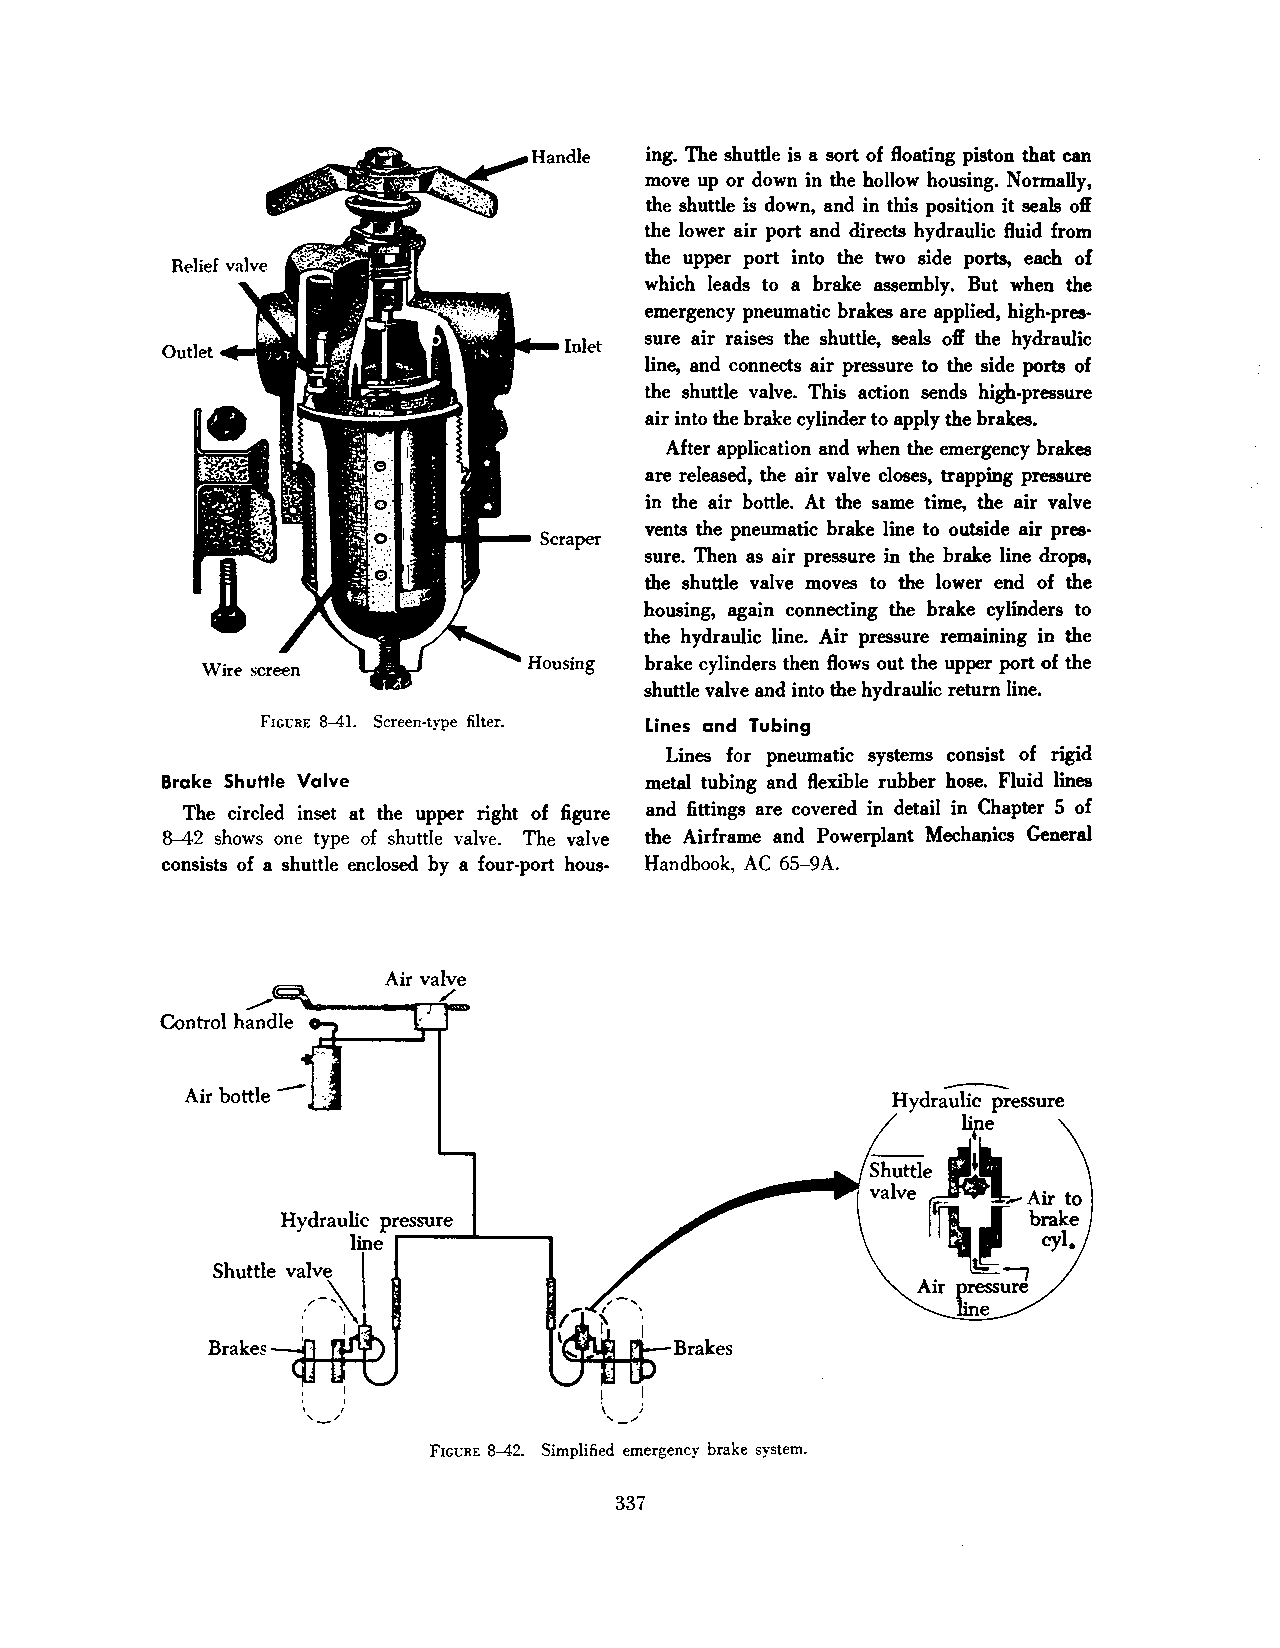
ing. The shuttle is a sort of floating piston that can
 move up or down in the hollow housing. Normally,
 the shuttle is down, and in this position it seals off
 the lower air port and directs hydraulic fluid from
 the upper port into the two side ports, each of
 which leads to a brake assembly. But when the
 emergency pneumatic brakes are applied, high-pres
 sure air raises the shuttle, seals off the hydraulic
 line, and connects air pressure to the side ports of
 the shuttle valve. This action sends high-pressure
 air into the brake cylinder to apply the brakes.
 After application and when the emergency brakes
 are released, the air valve closes, trapping pressure
 in the air bottle. At the same time, the air valve
 vents the pneumatic brake line to outside air pres
 sure. Then as air pressure in the brake line drops,
 the shuttle valve moves to the lower end of the
 housing, again connecting the brake cylinders to
 the hydraulic line. Air pressure remaining in the
 brake cylinders then flows out the upper port of the
 shuttle valve and into the hydraulic return line.
 FIGURE 8-41. Screen-type filter. Lines and Tubing
 Lines for pneumatic systems consist of rigid
 Brake Shuttle Valve             metal tubing and flexible rubber hose. Fluid lines
 The circled inset at the upper right of figure and fittings are covered in detail in Chapter 5 of
 8-42 shows one type of shuttle valve. The valve the Airframe and Powerplant Mechanics General
 consists of a shuttle enclosed by a four-port hous- Handbook, AC 65-9A.
 Hydraulicl pressure
 line r----.1.----.
 Shuttle valve
 ,'-\
 :  I .
 Brakes
 ' '                 I ' I
 /
 FIGt:RE 8-42. Simplified emergency brake system.
 337